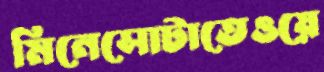
মিনেসোটাতেওয়ে